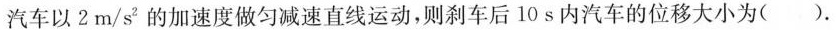
汽车以2m/s^{2} 的加速度做匀减速直线运动，则刹车后10s内汽车的位移大小为( ).